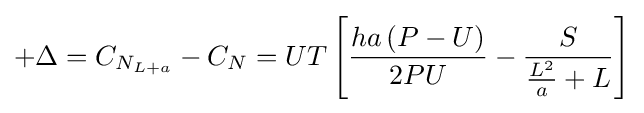
+\Delta =C_{N_{L+a}}-C_{N}=UT\left[{\frac {ha\left(P-U\right)}{2PU}}-{\frac {S}{{\frac {L^{2}}{a}}+L}}\right]